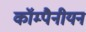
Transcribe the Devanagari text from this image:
कॉम्पैनीयन